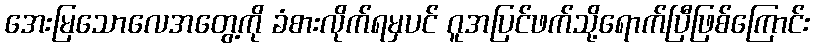
အေးမြသောလေအတွေ့ကို ခံစားလိုက်ရမှပင် ဂူအပြင်ဖက်သို့ရောက်ပြီဖြစ်ကြောင်း